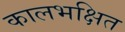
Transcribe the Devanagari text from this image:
कालभक्षित